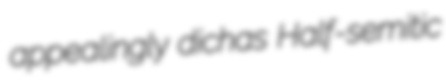
appealingly dichas Half-semitic